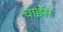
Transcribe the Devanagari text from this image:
चाईस